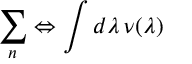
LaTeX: \sum _ { n } \Leftrightarrow \int d \lambda \, \nu ( \lambda )